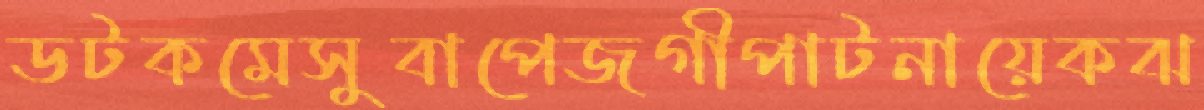
ডটকমেসুবাপেজগীপাটনায়েকঝ